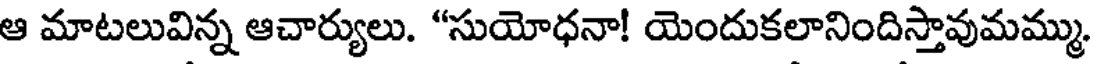
ఆ మాటలువిన్న ఆచార్యులు. "సుయోధనా! యెందుకలానిందిస్తావుమమ్ము